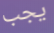
يجب